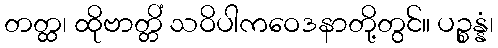
တတ္ထ၊ ထိုဗာတ္တိံ သဝိပါကဝေဒနာတို့တွင်။ ပဉ္စန္နံ၊